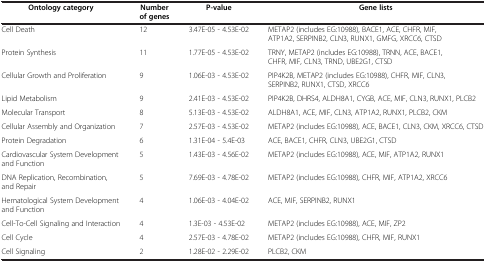
<table><thead><tr><td><b>Ontology category</b></td><td><b>Number of genes</b></td><td><b>P-value</b></td><td><b>Gene lists</b></td></tr></thead><tbody><tr><td>Cell Death</td><td>12</td><td>3.47E-05 - 4.53E-02</td><td>METAP2 (includes EG:10988), BACE1, ACE, CHFR, MIF, ATP1A2, SERPINB2, CLN3, RUNX1, GMFG, XRCC6, CTSD</td></tr><tr><td>Protein Synthesis</td><td>11</td><td>1.77E-05 - 4.53E-02</td><td>TRNY, METAP2 (includes EG:10988), TRNN, ACE, BACE1, CHFR, MIF, CLN3, TRND, UBE2G1, CTSD</td></tr><tr><td>Cellular Growth and Proliferation</td><td>9</td><td>1.06E-03 - 4.53E-02</td><td>PIP4K2B, METAP2 (includes EG:10988), CHFR, MIF, CLN3, SERPINB2, RUNX1, CTSD, XRCC6</td></tr><tr><td>Lipid Metabolism</td><td>9</td><td>2.41E-03 - 4.53E-02</td><td>PIP4K2B, DHRS4, ALDH8A1, CYGB, ACE, MIF, CLN3, RUNX1, PLCB2</td></tr><tr><td>Molecular Transport</td><td>8</td><td>5.13E-03 - 4.53E-02</td><td>ALDH8A1, ACE, MIF, CLN3, ATP1A2, RUNX1, PLCB2, CKM</td></tr><tr><td>Cellular Assembly and Organization</td><td>7</td><td>2.57E-03 - 4.53E-02</td><td>METAP2 (includes EG:10988), ACE, BACE1, CLN3, CKM, XRCC6, CTSD</td></tr><tr><td>Protein Degradation</td><td>6</td><td>1.31E-04 - 5.4E-03</td><td>ACE, BACE1, CHFR, CLN3, UBE2G1, CTSD</td></tr><tr><td>Cardiovascular System Development and Function</td><td>5</td><td>1.43E-03 - 4.56E-02</td><td>METAP2 (includes EG:10988), ACE, MIF, ATP1A2, RUNX1</td></tr><tr><td>DNA Replication, Recombination, and Repair</td><td>5</td><td>7.69E-03 - 4.78E-02</td><td>METAP2 (includes EG:10988), CHFR, MIF, ATP1A2, XRCC6</td></tr><tr><td>Hematological System Development and Function</td><td>4</td><td>1.06E-03 - 4.04E-02</td><td>ACE, MIF, SERPINB2, RUNX1</td></tr><tr><td>Cell-To-Cell Signaling and Interaction</td><td>4</td><td>1.3E-03 - 4.53E-02</td><td>METAP2 (includes EG:10988), ACE, MIF, ZP2</td></tr><tr><td>Cell Cycle</td><td>4</td><td>2.57E-03 - 4.78E-02</td><td>METAP2 (includes EG:10988), CHFR, MIF, RUNX1</td></tr><tr><td>Cell Signaling</td><td>2</td><td>1.28E-02 - 2.29E-02</td><td>PLCB2, CKM</td></tr></tbody></table>